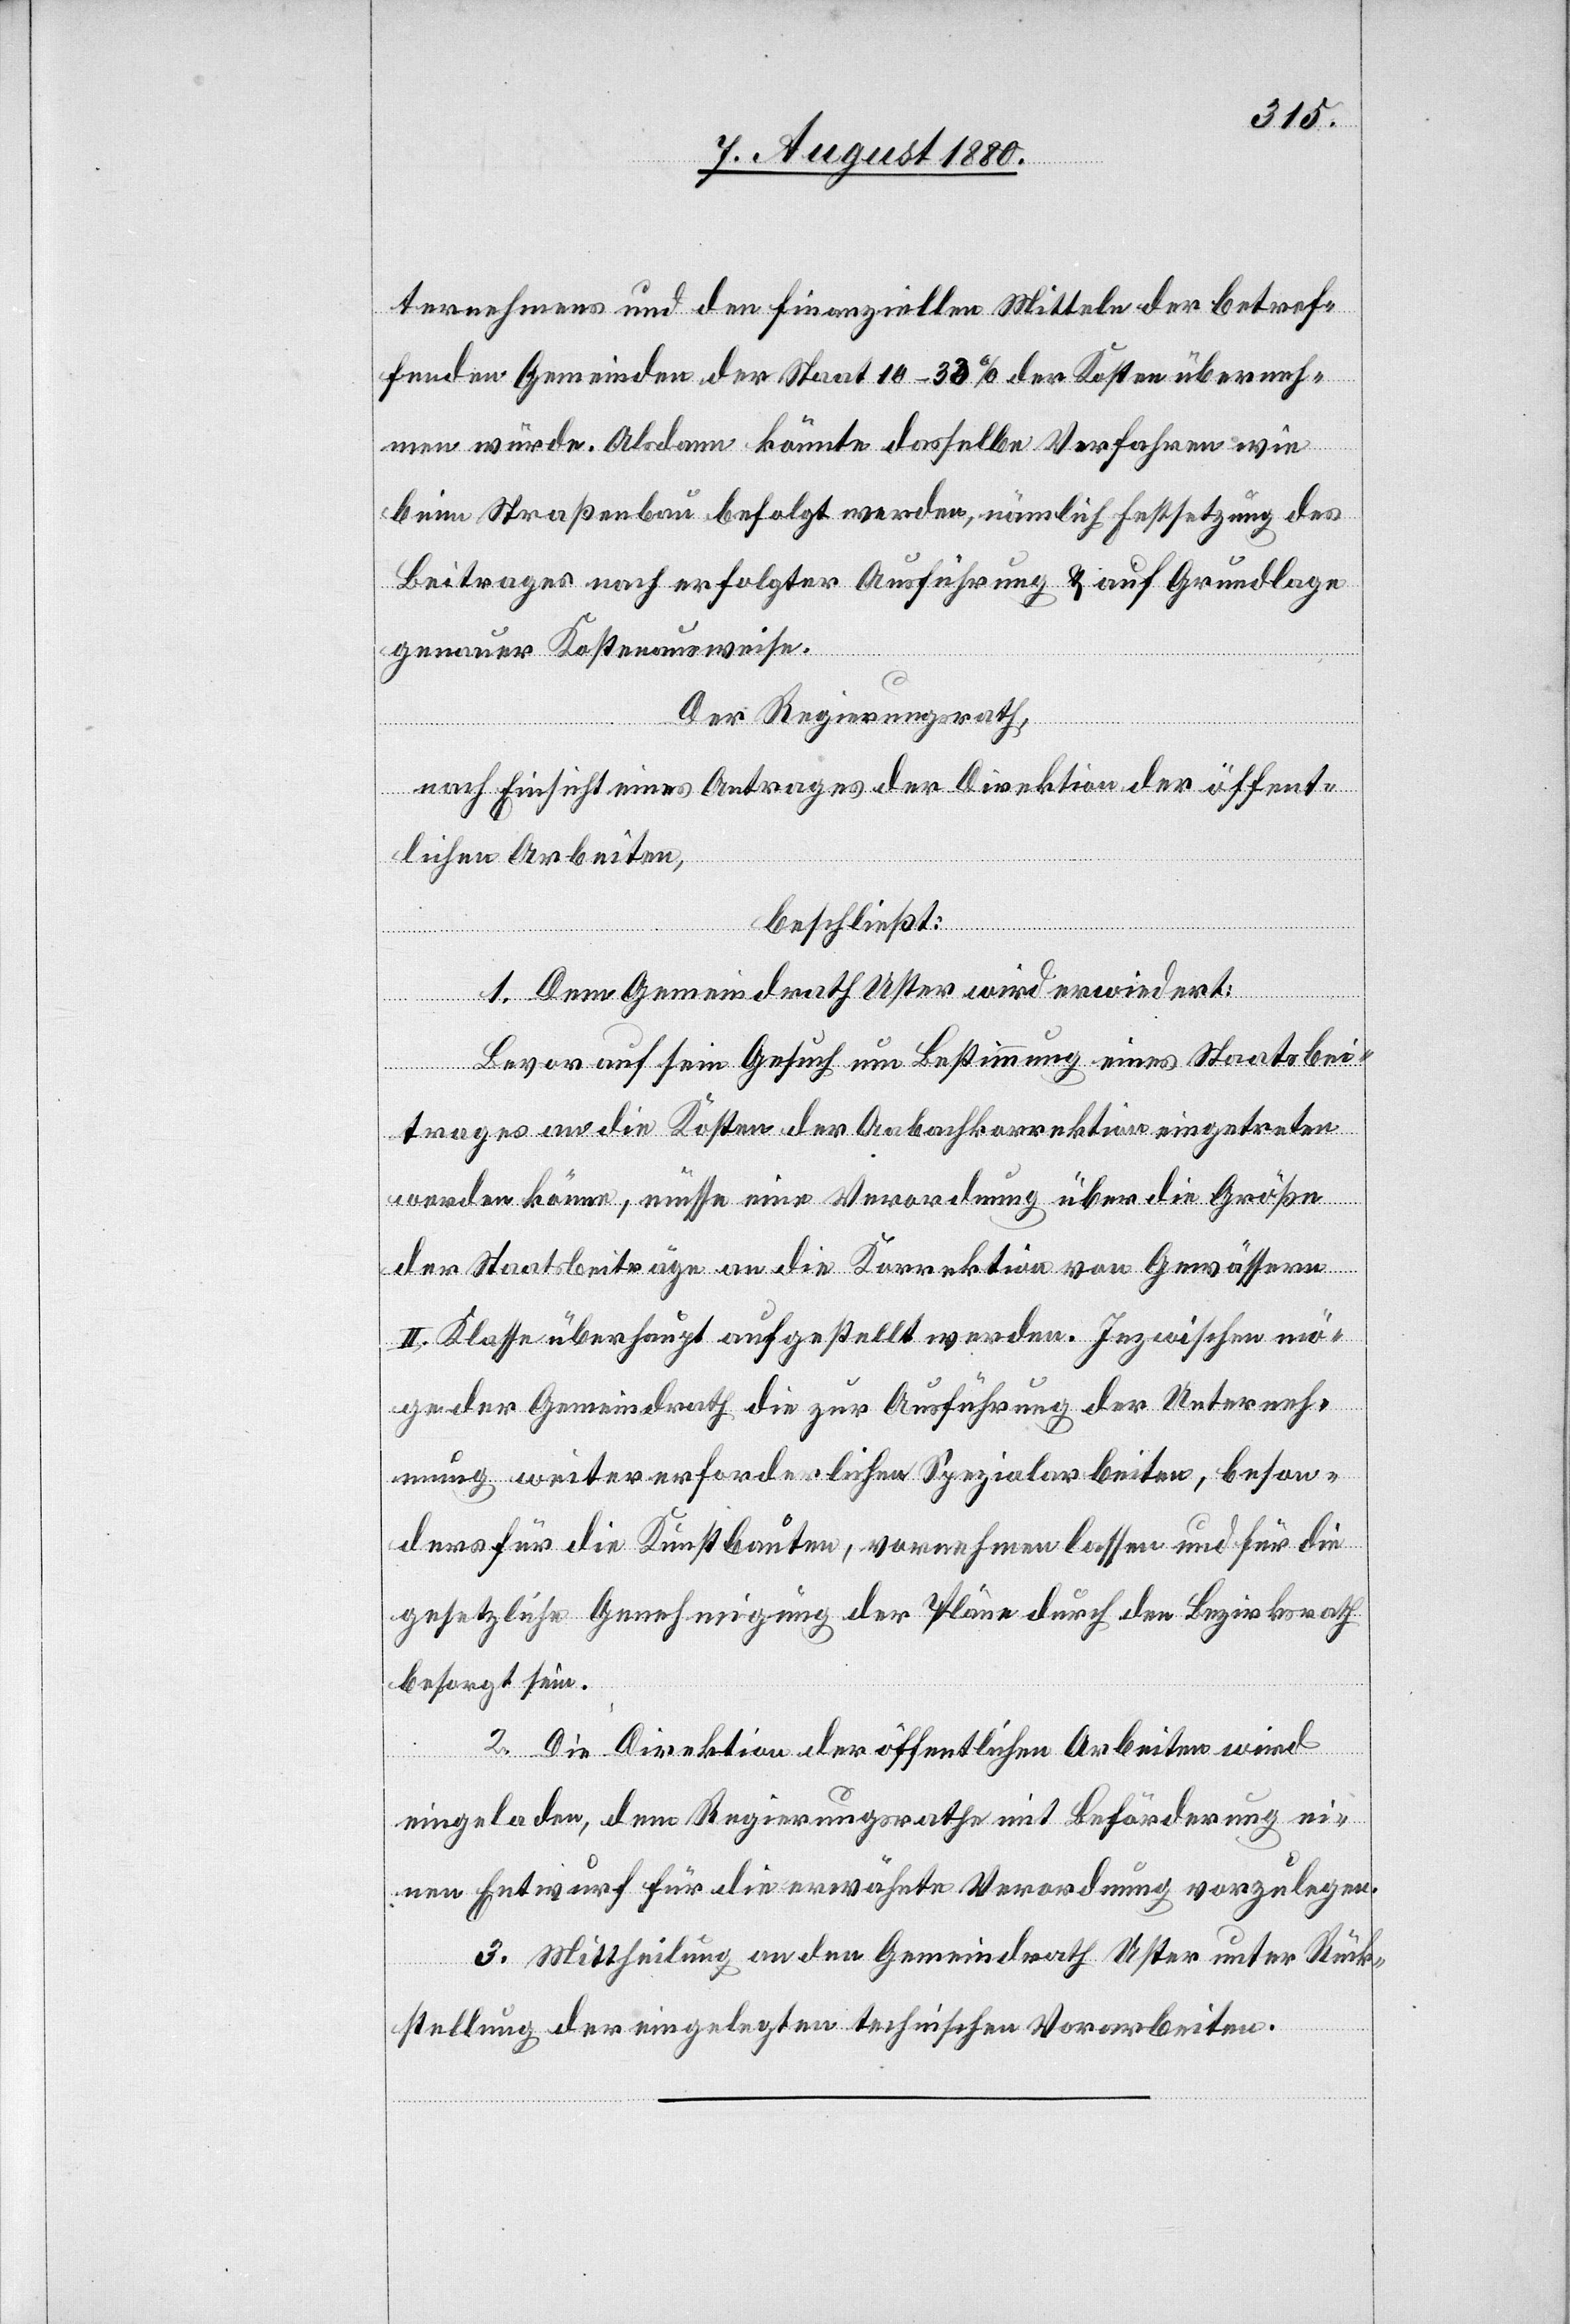
ternehmens und den finanziellen Mitteln der betref¬
fenden Gemeinden der Staat 10–30% der Kosten überneh¬
men würde. Alsdann könnte dasselbe Verfahren wie
beim Straßenbau befolgt werden, nämlich Festsetzung des
Beitrages nach erfolgter Ausführung & auf Grundlage
genauer Kostenausweise.
Der Regierungsrath,
nach Einsicht eines Antrages der Direktion der öffent¬
lichen Arbeiten,
beschließt:
1. Dem Gemeindrath Uster wird erwiedert:
Bevor auf sein Gesuch um Bestimmung eines Staatsbei¬
trages an die Kosten der Aabachkorrektion eingetreten
werden könne, müsse eine Verordnung über die Größe
der Staatsbeiträge an die Korrektion von Gewässern
II. Klasse überhaupt aufgestellt werden. Inzwischen mö¬
ge der Gemeindrath die zur Ausführung der Unterneh¬
mung weitererforderlichen Spezialarbeiten, beson¬
ders für die Kunstbauten, vornehmen lassen und für die
gesetzliche Genehmigung der Pläne durch den Bezirksrath
besorgt sein.
2. Die Direktion der öffentlichen Arbeiten wird
eingeladen, dem Regierungsrathe mit Beförderung ei¬
nen Entwurf für die erwähnte Verordnung vorzulegen.
3. Mittheilung an den Gemeindrath Uster unter Rück¬
stellung der eingelegten technischen Vorarbeiten.